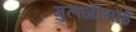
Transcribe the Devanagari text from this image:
मुलजीभाई